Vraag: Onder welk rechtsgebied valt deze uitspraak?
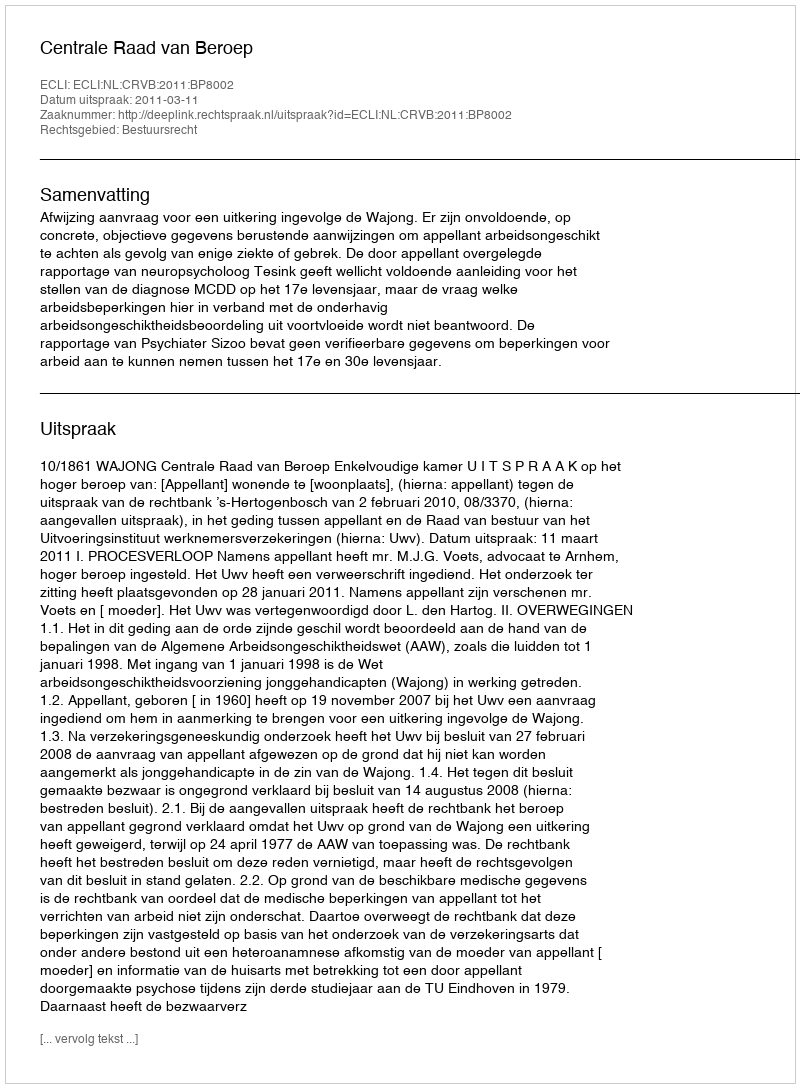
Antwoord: Bestuursrecht